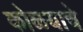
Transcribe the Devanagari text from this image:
कोळयाचे